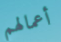
أعمالهم